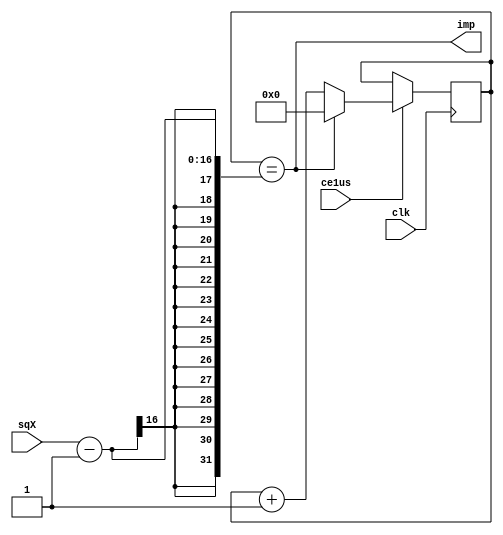
`timescale 1ns / 1ps


//Tp = x^2 * 1us
//l = 1us
module Gen_IMP(
		input [15:0] sqX,
		input clk,			output imp,
		input ce1us
    );

reg [15:0] cb_ce1us = 0;
wire TC = (cb_ce1us == (sqX - 1));
assign imp = TC;

always @ (posedge clk) if (ce1us) begin
	cb_ce1us <= (TC) ? 0 : cb_ce1us + 1;

end

endmodule